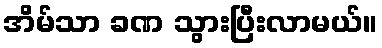
အိမ်သာ ခဏ သွားပြီးလာမယ်။